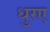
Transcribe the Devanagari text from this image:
धुरए